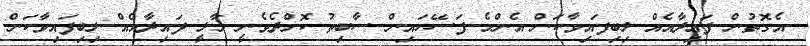
އެގޮތުން ފައިދާއެއް ލިބިފައިވާކަން އެންމެ ފަސޭހައިން ސާބިތު ކޮށްދެވެނީ މާލީ ފައިދާއެއް ލިބިފައިވާކަން